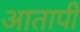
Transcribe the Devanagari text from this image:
आतापी